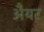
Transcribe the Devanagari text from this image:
अैयर